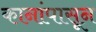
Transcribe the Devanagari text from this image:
कानांपासून